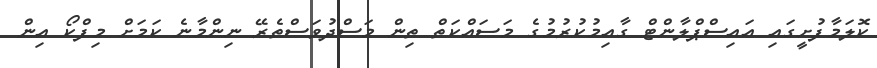
ކޮލަމާފުށީގައި އައިސްޕްލާންޓް ގާއިމުކުރުމުގެ މަސައްކަތް ތިިން މަސްދުވަސްތެރޭ ނިންމާނެ ކަމަށް މިފްކޯ އިން